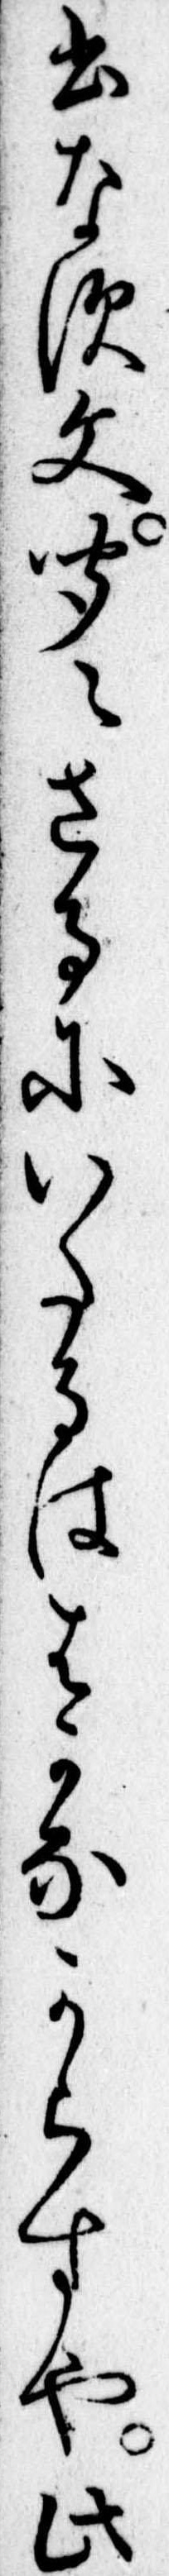
書なす文聞えさるにいたるははかなからすや此